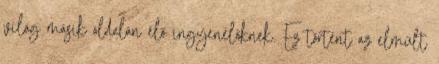
világ másik oldalán élő ingyenélőknek. Ez történt az elmúlt